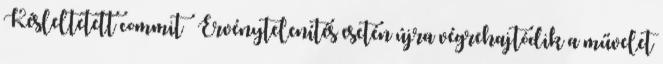
Késleltetett commit ● Érvénytelenítés esetén újra végrehajtódik a művelet